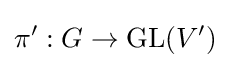
\pi ':G\to {\text{GL}}(V')